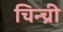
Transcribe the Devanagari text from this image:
चिन्च्री